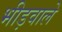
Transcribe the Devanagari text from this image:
भीड़वाले